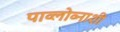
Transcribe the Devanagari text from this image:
पाव्लोव्नाशी